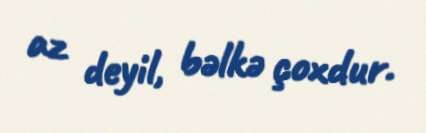
az deyil, bəlkə çoxdur.